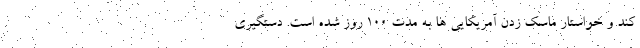
کند و خواستار ماسک زدن آمریکایی ها به مدت ۱۰۰ روز شده است. دستگیری